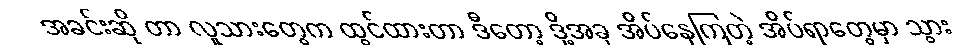
အခင်းဆို တာ လူသားတွေက ထွင်ထားတာ ဒီတော့ ဒို့အခု အိပ်နေကြတဲ့ အိပ်ရာတွေမှာ သွား